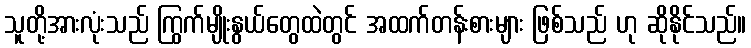
သူတို့အားလုံးသည် ကြွက်မျိုးနွယ်တွေထဲတွင် အထက်တန်းစားများ ဖြစ်သည် ဟု ဆိုနိုင်သည်။